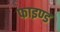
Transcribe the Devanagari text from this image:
फाइण्ड